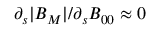
\partial _ { s } | B _ { M } | / \partial _ { s } B _ { 0 0 } \approx 0